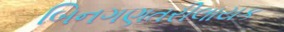
બિનગણતરીલાયક